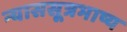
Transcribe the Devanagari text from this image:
न्याससूत्रभाष्य